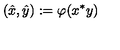
\left( \hat { x } , \hat { y } \right) : = \varphi ( x ^ { * } y )